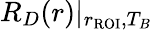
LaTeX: R_{D}(r)\rvert_{r_{\mathrm{ROI}},T_{B}}